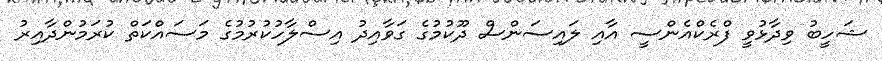
ޝަހީބު ވިދާޅުވީ ފްރެކްއެންސީ އާއި ލައިސަންސް ދޫކުމުގެ ގަވާއިދު އިސްލާހުކުރުމުގެ މަސައްކަތް ކުރަމުންދާއިރު